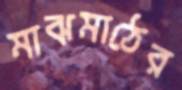
মাঝমাঠের